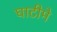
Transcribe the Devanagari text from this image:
घाटीमे